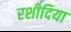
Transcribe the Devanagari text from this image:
रशीदिया